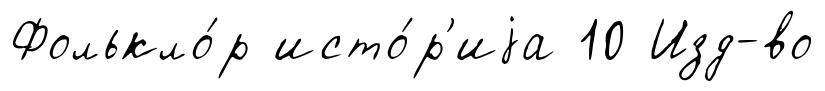
Фолькло́р исто́р'иjа 10 Изд-во